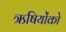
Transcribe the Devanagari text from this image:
ऋषियोंको